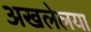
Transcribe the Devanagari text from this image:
अखलेलया